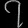
Digit: ၇